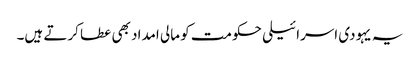
یہ یہودی اسرائیلی حکومت کو مالی امداد بھی عطا کرتے ہیں۔